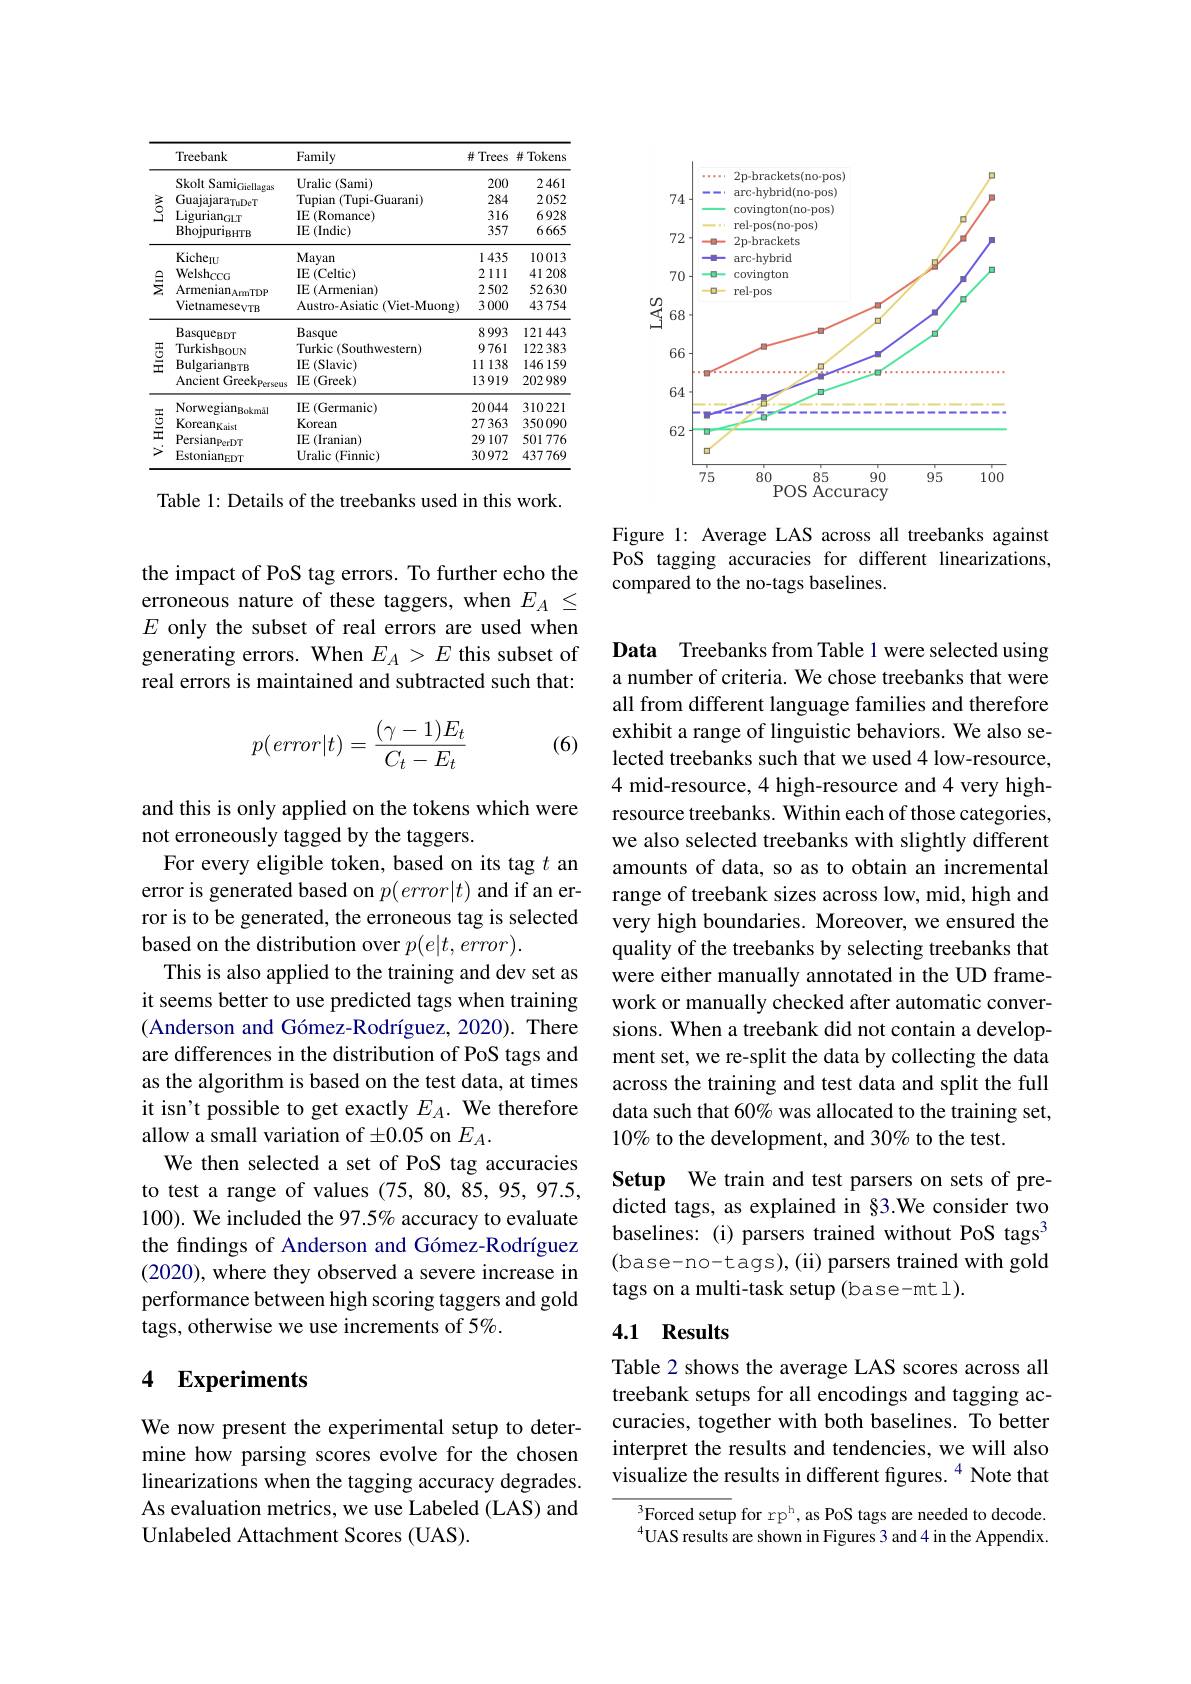
<table>
	<tbody>
		<tr>
			<th> </th>
			<th>Treebank</th>
			<th>Family</th>
			<th>并 Trees</th>
			<th>并 Tokens</th>
		</tr>
		<tr>
			<td rowspan="4">$\stackrel{3}{2}$</td>
			<td>Skolt Sami$_\mathrm{Giellagas}$</td>
			<td>Uralic (Sami)</td>
			<td>200</td>
			<td>2461</td>
		</tr>
		<tr>
			<td>Guajajara$_{\mathrm{TuDeT}}$</td>
			<td>Tupian 111 (Tupi-Guarani)</td>
			<td>284</td>
			<td>2052</td>
		</tr>
		<tr>
			<td>$\mathrm{Ligurian}_{\mathrm{GLT}}$</td>
			<td>IE (Romance)</td>
			<td>316</td>
			<td>6928</td>
		</tr>
		<tr>
			<td>$\mathrm{Bhojpuri}_{\mathrm{BHTB}}$</td>
			<td>$\operatorname{IE}\left(\operatorname{Indic}\right)$</td>
			<td>357</td>
			<td>6665</td>
		</tr>
		<tr>
			<td rowspan="4">$\sum_{i=1}^{\infty}$</td>
			<td>Kiche$_\mathrm{IU}$</td>
			<td>Mayan</td>
			<td>1435</td>
			<td>10013</td>
		</tr>
		<tr>
			<td>Welshcco</td>
			<td>$\operatorname{IE}\left(\mathrm{Celtic}\right)$</td>
			<td>2111</td>
			<td>41208</td>
		</tr>
		<tr>
			<td>$\mathrm{Armenian}_{\mathrm{ArmTDP}}$</td>
			<td>IE (Armenian)</td>
			<td>2502</td>
			<td>52630</td>
		</tr>
		<tr>
			<td>VietnamesevTB</td>
			<td>Austro-Asiatic (Viet-Muong)</td>
			<td>3000</td>
			<td>43754</td>
		</tr>
		<tr>
			<td rowspan="4"></td>
			<td>$Basque_{BDT}$</td>
			<td>Basque</td>
			<td>8993</td>
			<td>121443</td>
		</tr>
		<tr>
			<td>Turkish$_\mathrm{BOUN}$</td>
			<td>Turkic (Southwestern)</td>
			<td>9761</td>
			<td>122383</td>
		</tr>
		<tr>
			<td>Bulgarian$_\mathrm{BTB}$</td>
			<td>$\operatorname{IE}\left(\mathrm{Slavic}\right)$</td>
			<td>11138</td>
			<td>146159</td>
		</tr>
		<tr>
			<td>Ancient Greekperseus</td>
			<td>IE$\left(\mathrm{Greek}\right)$</td>
			<td>13919</td>
			<td>202989</td>
		</tr>
		<tr>
			<td rowspan="4"></td>
			<td>Norwegian$_\mathrm{Bokm\u{a}l}$</td>
			<td>IE (Germanic)</td>
			<td>20044</td>
			<td>310221</td>
		</tr>
		<tr>
			<td>$\mathrm{Korean}_{\mathrm{Kaist}}$</td>
			<td>Korean</td>
			<td>27363</td>
			<td>350090</td>
		</tr>
		<tr>
			<td>Persian$_\mathrm{PerDT}$</td>
			<td>IE (Iranian)</td>
			<td>29107</td>
			<td>501776</td>
		</tr>
		<tr>
			<td>Estonian$_\mathrm{EDT}$</td>
			<td>Uralic (Finnic)</td>
			<td>30972</td>
			<td>437769</td>
		</tr>
	</tbody>
</table>

Table 1: Details of the treebanks used in this work.

the impact of PoS tag errors. To further echo the erroneous nature of these taggers, when $E_A\leq$ $E$ only the subset of real errors are used when generating errors. When $E_A>E$ this subset of real errors is maintained and subtracted such that:
$$p(error|t)=\frac{(\gamma-1)E_t}{C_t-E_t}$$
(6)

and this is only applied on the tokens which were
not erroneously tagged by the taggers.
For every eligible token, based on its tag $t$ an error is generated based on $p(error|t)$ and if an error is to be generated, the erroneous tag is selected based on the distribution over $p(e|t,error).$
This is also applied to the training and dev set as it seems better to use predicted tags when training (Anderson and Gómez-Rodríguez, 2020). There are differences in the distribution of PoS tags and as the algorithm is based on the test data, at times it isn't possible to get exactly $E_A.$ We therefore allow a small variation of $\pm0.05$ on $E_A.$
We then selected a set of PoS tag accuracies to test a range of values (75, 80, 85, 95, 97.5, 100). We included the 97.5% accuracy to evaluate the findings of Anderson and Gómez-Rodríguez (2020), where they observed a severe increase in performance between high scoring taggers and gold tags, otherwise we use increments of 5%.

## 4 Experiments

We now present the experimental setup to determine how parsing scores evolve for the chosen linearizations when the tagging accuracy degrades. As evaluation metrics, we use Labeled (LAS) and Unlabeled Attachment Scores (UAS).

<FigureHere>

Figure 1: Average LAS across all treebanks against PoS tagging accuracies for different linearizations, compared to the no-tags baselines.

Data Treebanks from Table 1 were selected using a number of criteria. We chose treebanks that were all from different language families and therefore exhibit a range of linguistic behaviors. We also selected treebanks such that we used 4 low-resource, 4 mid-resource, 4 high-resource and 4 very highresource treebanks. Within each of those categories, we also selected treebanks with slightly different amounts of data, so as to obtain an incremental range of treebank sizes across low, mid, high and very high boundaries. Moreover, we ensured the quality of the treebanks by selecting treebanks that were either manually annotated in the UD framework or manually checked after automatic conversions. When a treebank did not contain a development set, we re-split the data by collecting the data across the training and test data and split the full data such that 60% was allocated to the training set, 10% to the development, and 30% to the test.

Setup We train and test parsers on sets of predicted tags, as explained in §3.We consider two baselines: (i) parsers trained without PoS tags$^3$ (base-no-tags),(ii) parsers trained with gold tags on a multi-task setup (base-mt1).

### 4.1 Results

Table 2 shows the average LAS scores across all treebank setups for all encodings and tagging accuracies, together with both baselines. To better interpret the results and tendencies, we will also visualize the results in different figures. $^{4}$ Note that

$^{3}$Forced setup for rp$^\mathrm{h}$,as PoS tags are needed to decode. $^{4}$UAS results are shown in Figures 3 and 4 in the Appendix.